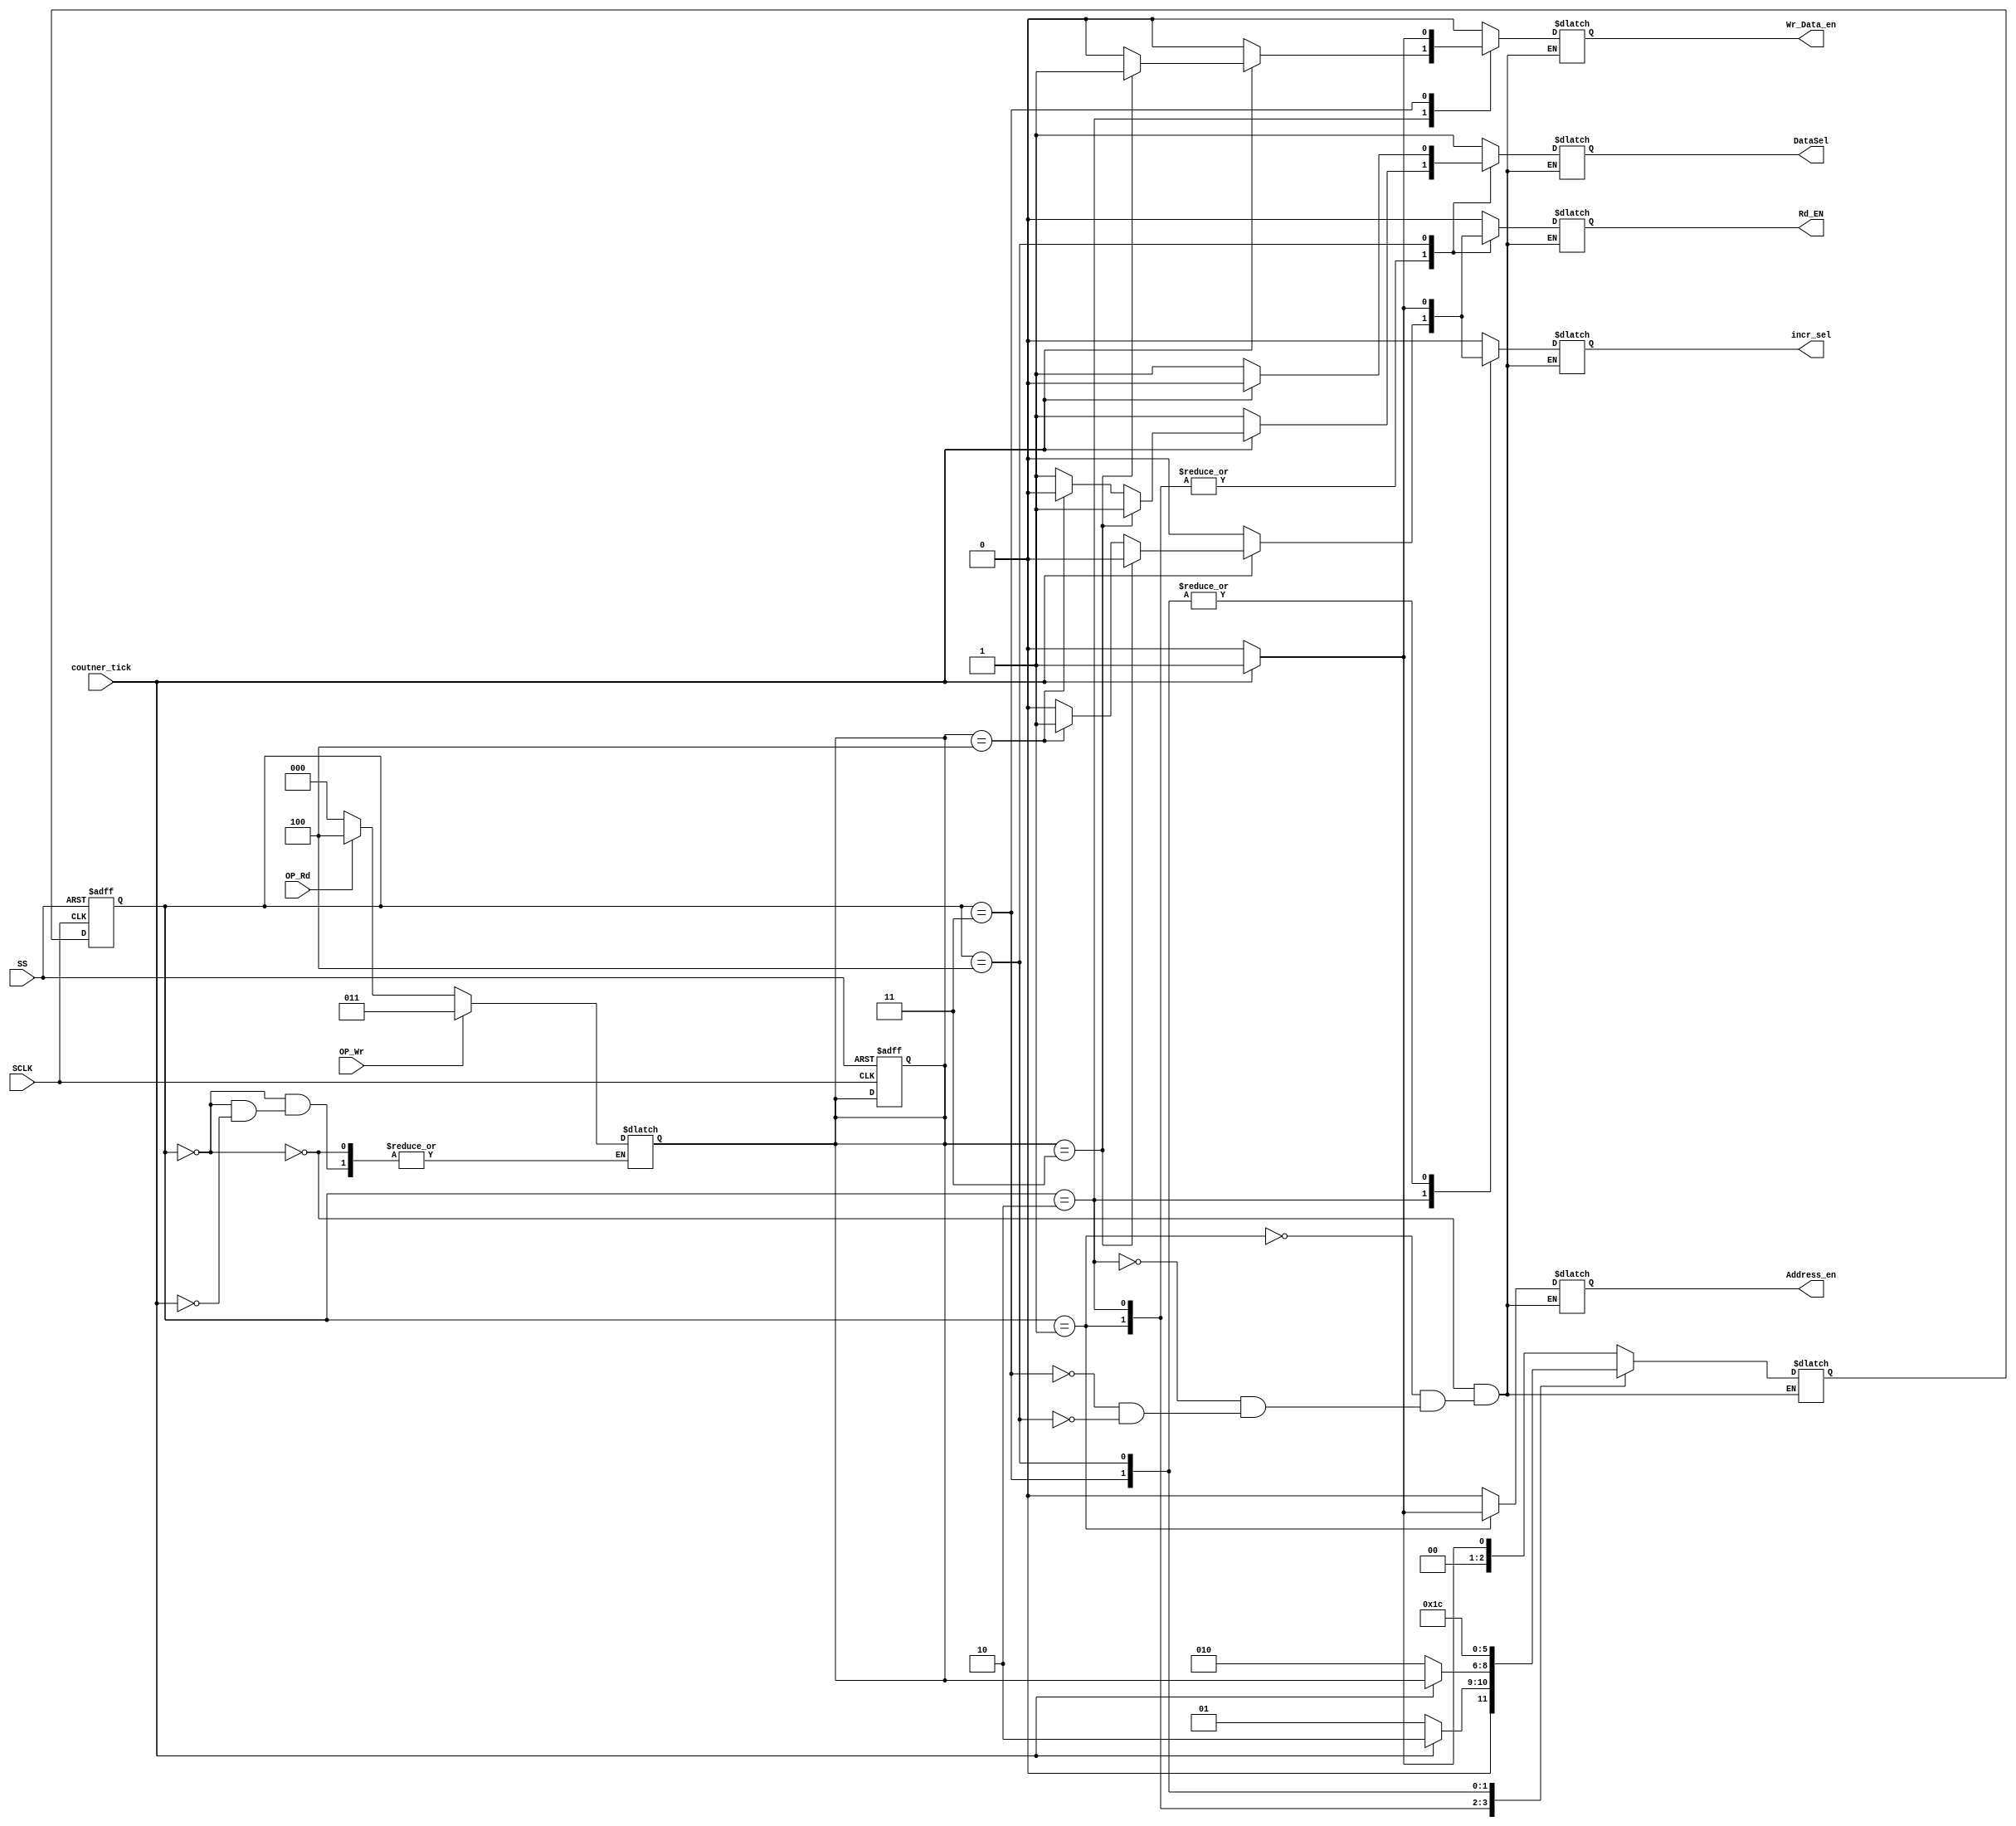

//////////////////////////////////////////////////////////////////////////////////
// Company: 
// 
// Design Name: 
// Module Name:    SPIslave_FSMController 
// Project Name: 
// Target Devices: 
// Tool versions: 
// Description: 
//
// Dependencies: 
//
// Revision: 
// Revision 0.01 - File Created
// Additional Comments: 
//
//////////////////////////////////////////////////////////////////////////////////

module SPIsalve_FSMController (
	//input internal signal indicates that the counter overflow
	input wire coutner_tick,
	
	//input internal signal indicates that the mode of operation is write
	input wire OP_Wr,
	
	//input internal signal indicates that the mode of operation is read
	input wire OP_Rd,
	
	//input clock to the system 
	input wire SCLK,
	
	//input to the system used as active high reset
	input wire SS,
	
	//output internal control signal is used to select the source of the data will be written into the shift register 
	output reg DataSel,
	
	//output internal control signal indicates address is valid to be captured
	output reg Address_en,
	
	//output internal control signal indicates write data is valid to be captured
	output reg Wr_Data_en,
	
	//output internal control signal is used to activate the incrementer to increment the current address to the next one
	output reg incr_sel,
	
	//output form the system to REG file as read enable signal
	output reg Rd_EN
	);
	
	//local parameter to define the FSM states
	localparam [2:0] IDLE = 3'b000,
							address = 3'b001,
							general = 3'b010,
							mul_write = 3'b011,
							mul_read = 3'b100;
	
	//at each state we define three types of states
	// current state : defines the state of this time
	// next state : defines the state which going next
	// operation state : defines the mode of this operation
	//							holds values mul_write (3'b011) to indicates the operation mode is write
	//							and mul_read (3'b100) to indicates the operation mode is read
	reg [2:0] current_state,next_state,operation_state;
	
	
	///////////////////////////////////////////////////////////////////////////////////
	// sequential always to reset the system and assign the current state to next state
	///////////////////////////////////////////////////////////////////////////////////
	always @ (posedge SCLK or posedge SS)	begin
		if(SS)	begin
			current_state <= IDLE ;
			operation_state <= 3'b000;
		end
		else	begin
			current_state <= next_state ;
		end
	end

	///////////////////////////////////////////////////////////////////////////////////////////
	//	 combinational always to assign the next state and the operation state due ot the inputs
	///////////////////////////////////////////////////////////////////////////////////////////
	always @ (*)	begin
		case(current_state)
		IDLE : begin
      
			if(coutner_tick)	begin
				//next state will be address state 
				next_state = address;
				if(OP_Wr)
					// multi operation is write operation
					operation_state = mul_write;
				else if (OP_Rd)
					// multi operation is read operation
					operation_state = mul_read;
				else
					// if something wrong go to idel state
					operation_state = IDLE;
			
			end
			else
				//stay in idle state untill the counter tick
				next_state = IDLE;
			end
		
		address : begin
			if(coutner_tick)
				// next steate will be general steate (write mode or read mode)
				next_state = general;
			else
				// stay in address state untill the counter tick
				next_state = address;
		end
		
		general : begin
			if(coutner_tick)
				// next stete will be operation state which means it depends on the mode of operation
				next_state = operation_state;
			else
				// stay in general untill the counter tick
				next_state = general;
		end
		
		mul_write : begin
			// stay in the multi write mode untill the system is reset
			next_state = mul_write;
		end
		
		mul_read : begin
			// stay in the multi read mode untill the system is reset
			next_state = mul_read;
		end
		endcase
	end
	
	
	////////////////////////////////////////////////////////////////////////////////////////////
	//	 combinational always to assign the output control signals depending on the input signals
	//  the flow of  the signal is  illustrated in  the attached documentation of the  SPI slave
	////////////////////////////////////////////////////////////////////////////////////////////
	always @ (*)
	begin
		case(current_state)
		IDLE : begin
			DataSel = 1'b1;
			Address_en = 1'b0;
			Wr_Data_en = 1'b0;
			incr_sel = 1'b0;
			Rd_EN = 1'b0;
		end
    
		address : begin
			Wr_Data_en = 1'b0;
			incr_sel = 1'b0;

			if(coutner_tick)	begin
				Address_en = 1'b1;
				if(operation_state == mul_write)	begin
					Rd_EN = 1'b0;
					DataSel = 1'b1;
				end
				else if(operation_state == mul_read)	begin
					Rd_EN = 1'b1;
					DataSel = 1'b0;
				end
				else	begin
					Rd_EN = 1'b0;
					DataSel = 1'b1;
				end
			end
			else	begin
				Address_en = 1'b0;
				Rd_EN = 1'b0;
				DataSel = 1'b1;
			end
		end
    
		general : begin
			Address_en = 1'b0;
			
			if(coutner_tick)	begin
				if(operation_state == mul_write)	begin
					DataSel = 1'b1;
					Wr_Data_en = 1'b1;
					Rd_EN = 1'b0;
					incr_sel = 1'b0;
				end
				else if(operation_state == mul_read)	begin
					DataSel = 1'b0;
					Wr_Data_en = 1'b0;
					Rd_EN = 1'b1;
					incr_sel = 1'b1;
				end
				else	begin
					DataSel = 1'b1;
					Wr_Data_en = 1'b0;
					Rd_EN = 1'b0;
					incr_sel = 1'b0;
				end
			end
			else	begin
				DataSel = 1'b1;
				Wr_Data_en = 1'b0;
				Rd_EN = 1'b0;
				incr_sel = 1'b0;
			end
		end
		
		mul_write : begin
			DataSel = 1'b1;
			Address_en = 1'b0;
			Rd_EN = 1'b0;
			if(coutner_tick)	begin
				incr_sel = 1'b1;
				Wr_Data_en = 1'b1;
			end
			else	begin
				incr_sel = 1'b0;
				Wr_Data_en = 1'b0;
			end
		end
    
		mul_read : begin
			Address_en = 1'b0;
			Wr_Data_en = 1'b0;
      
			if(coutner_tick)	begin
				DataSel = 1'b0;
				incr_sel = 1'b1;
				Rd_EN = 1'b1;
			end
			else	begin
				DataSel = 1'b1;
				incr_sel = 1'b0;
				Rd_EN = 1'b0;
			end
		end
		endcase
	end
	
endmodule